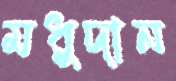
মধুদান